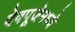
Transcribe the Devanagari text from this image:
देवपूजेमध्ये